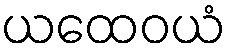
ယထေဝယံ